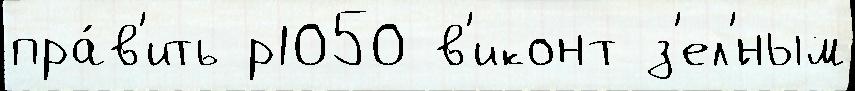
пра́в'ить р1050 в'иконт з'ел'́ным